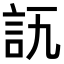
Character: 𧥭